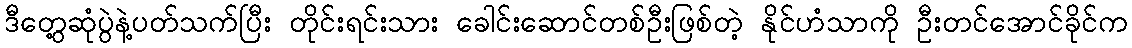
ဒီတွေ့ဆုံပွဲနဲ့ပတ်သက်ပြီး တိုင်းရင်းသား ခေါင်းဆောင်တစ်ဦးဖြစ်တဲ့ နိုင်ဟံသာကို ဦးတင်အောင်ခိုင်က